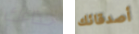
حذاءك أصدقائك